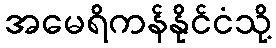
အမေရိကန်နိုင်ငံသို့